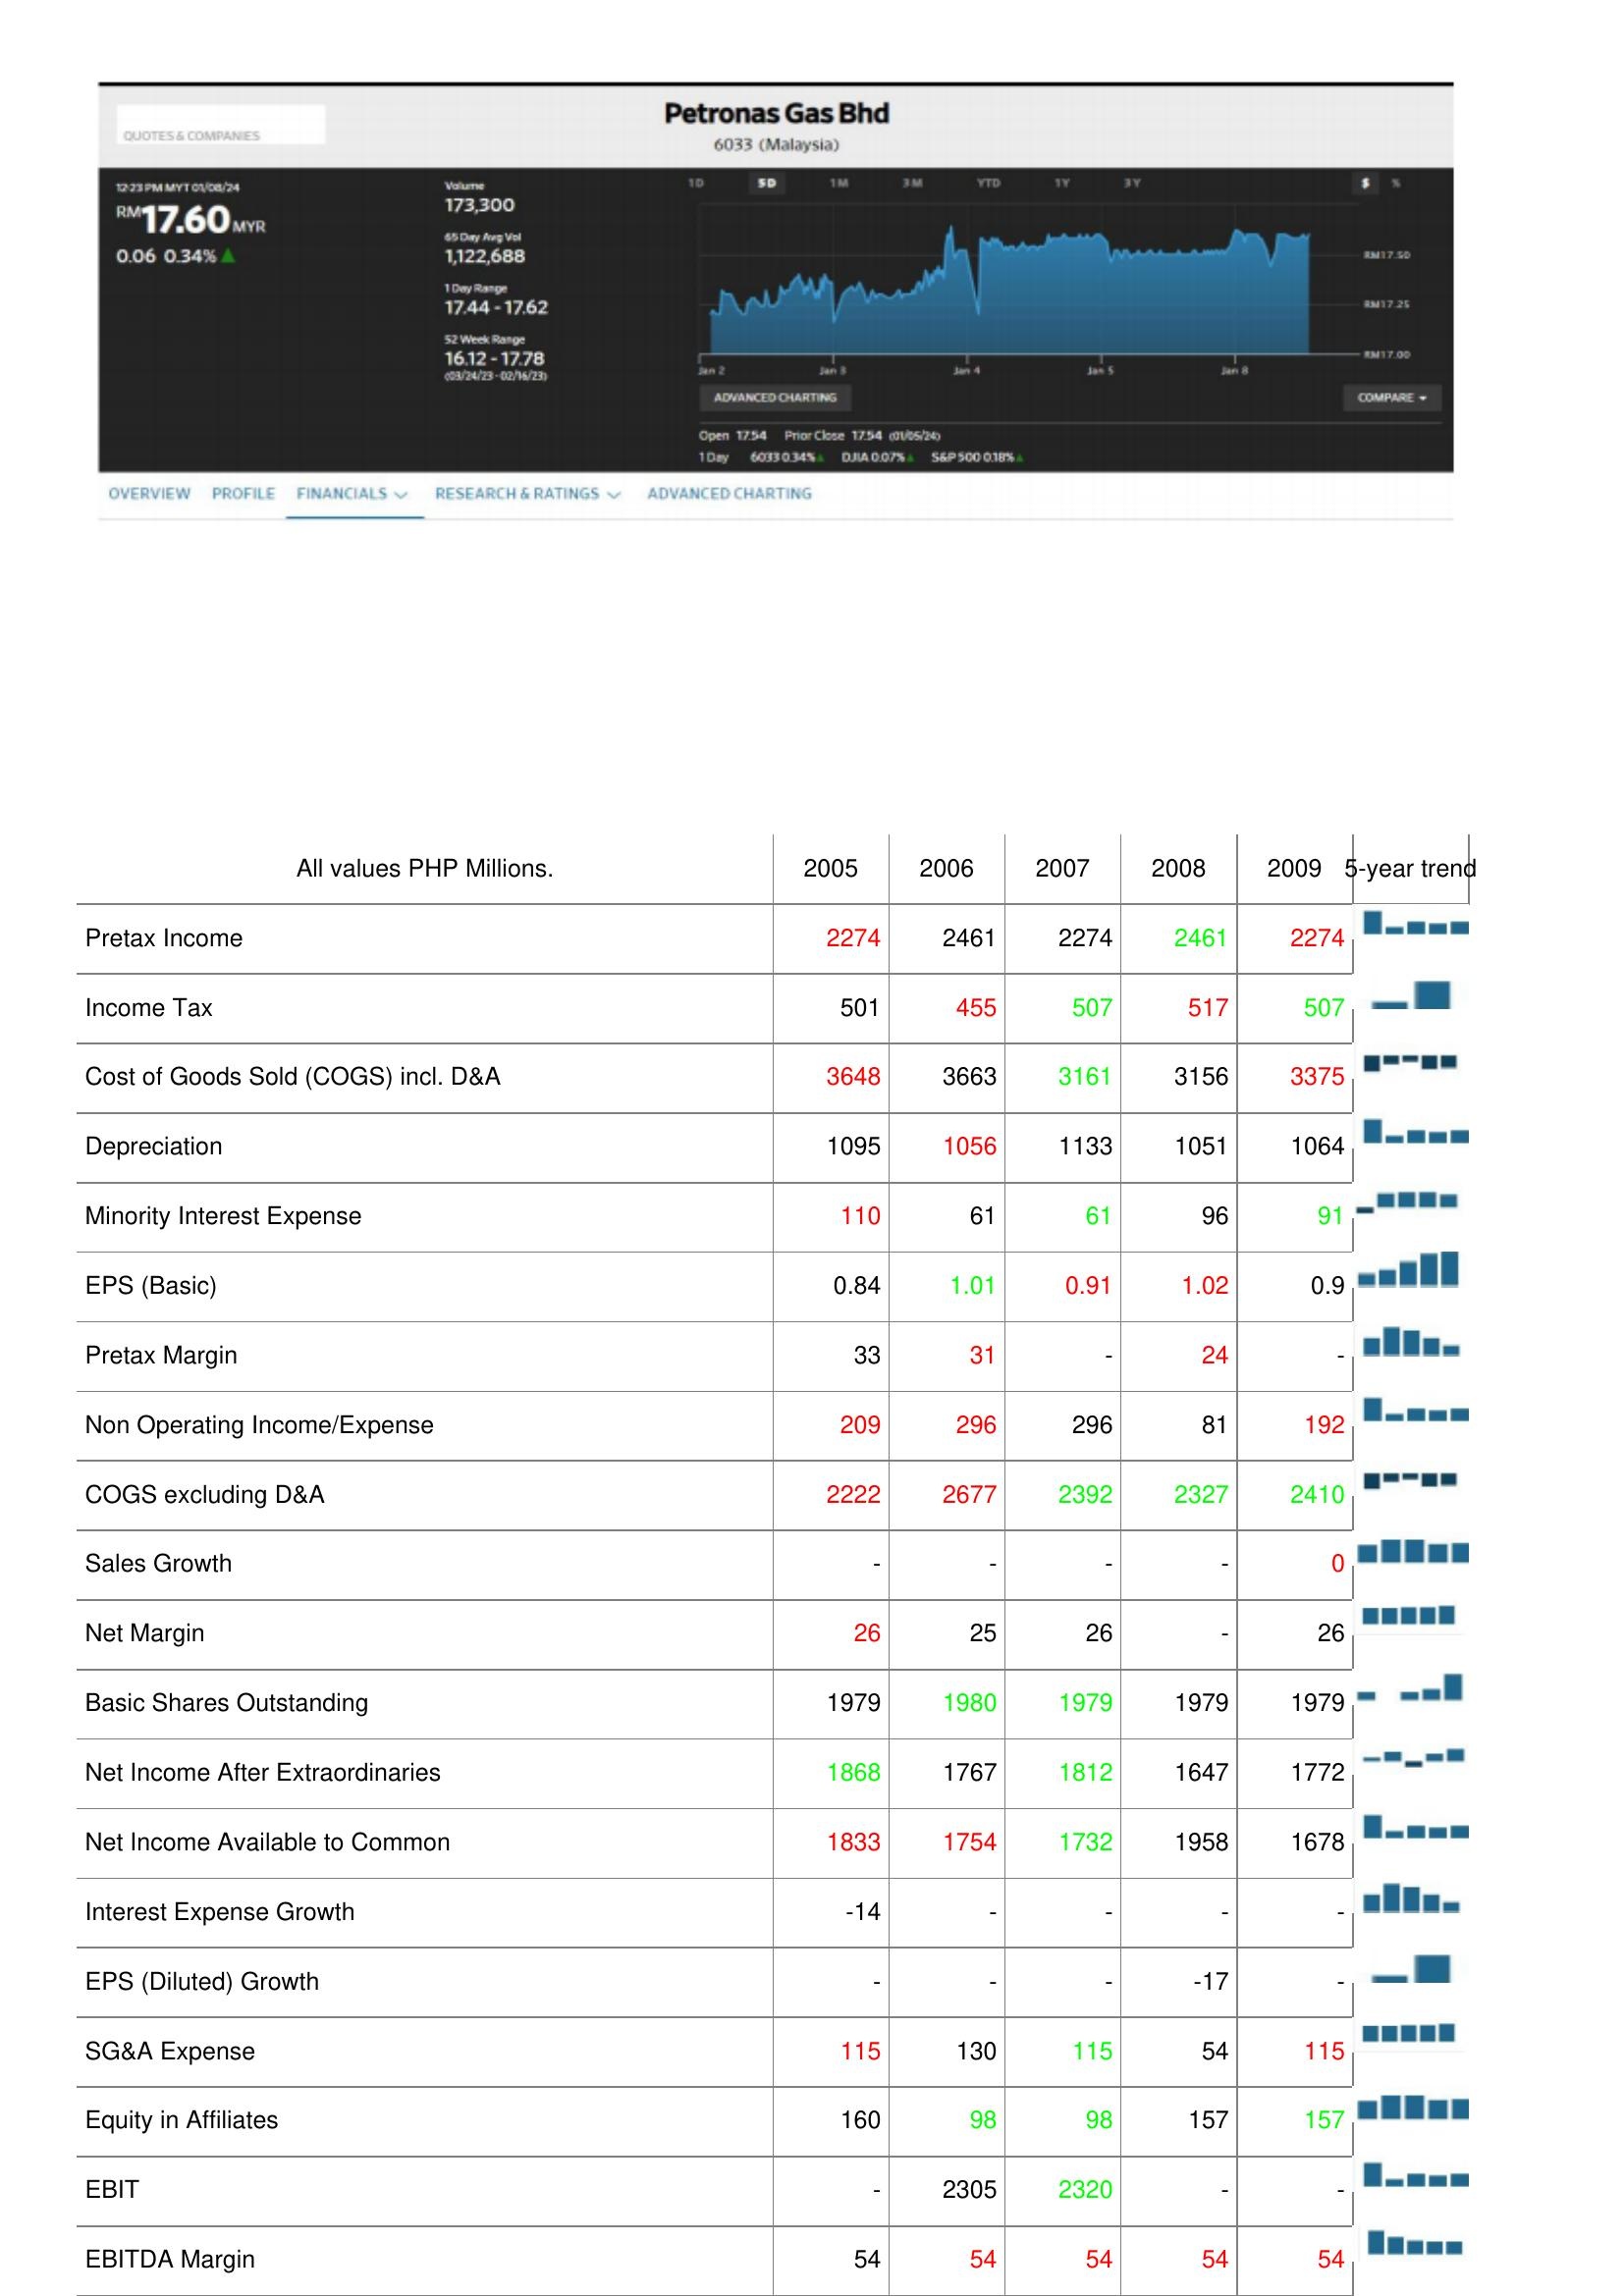
2005: : Pretax Income: 2274
Income Tax: 501
Cost of Goods Sold (COGS) incl. D&A: 3648
Depreciation: 1095
Minority Interest Expense: 110
EPS (Basic): 0.84
Pretax Margin: 33
Non Operating Income/Expense: 209
COGS excluding D&A: 2222
Sales Growth: -
Net Margin: 26
Basic Shares Outstanding: 1979
Net Income After Extraordinaries: 1868
Net Income Available to Common: 1833
Interest Expense Growth: -14
EPS (Diluted) Growth: -
SG&A Expense: 115
Equity in Affiliates: 160
EBIT: -
EBITDA Margin: 54
2006: : Pretax Income: 2461
Income Tax: 455
Cost of Goods Sold (COGS) incl. D&A: 3663
Depreciation: 1056
Minority Interest Expense: 61
EPS (Basic): 1.01
Pretax Margin: 31
Non Operating Income/Expense: 296
COGS excluding D&A: 2677
Sales Growth: -
Net Margin: 25
Basic Shares Outstanding: 1980
Net Income After Extraordinaries: 1767
Net Income Available to Common: 1754
Interest Expense Growth: -
EPS (Diluted) Growth: -
SG&A Expense: 130
Equity in Affiliates: 98
EBIT: 2305
EBITDA Margin: 54
2007: : Pretax Income: 2274
Income Tax: 507
Cost of Goods Sold (COGS) incl. D&A: 3161
Depreciation: 1133
Minority Interest Expense: 61
EPS (Basic): 0.91
Pretax Margin: -
Non Operating Income/Expense: 296
COGS excluding D&A: 2392
Sales Growth: -
Net Margin: 26
Basic Shares Outstanding: 1979
Net Income After Extraordinaries: 1812
Net Income Available to Common: 1732
Interest Expense Growth: -
EPS (Diluted) Growth: -
SG&A Expense: 115
Equity in Affiliates: 98
EBIT: 2320
EBITDA Margin: 54
2008: : Pretax Income: 2461
Income Tax: 517
Cost of Goods Sold (COGS) incl. D&A: 3156
Depreciation: 1051
Minority Interest Expense: 96
EPS (Basic): 1.02
Pretax Margin: 24
Non Operating Income/Expense: 81
COGS excluding D&A: 2327
Sales Growth: -
Net Margin: -
Basic Shares Outstanding: 1979
Net Income After Extraordinaries: 1647
Net Income Available to Common: 1958
Interest Expense Growth: -
EPS (Diluted) Growth: -17
SG&A Expense: 54
Equity in Affiliates: 157
EBIT: -
EBITDA Margin: 54
2009: : Pretax Income: 2274
Income Tax: 507
Cost of Goods Sold (COGS) incl. D&A: 3375
Depreciation: 1064
Minority Interest Expense: 91
EPS (Basic): 0.9
Pretax Margin: -
Non Operating Income/Expense: 192
COGS excluding D&A: 2410
Sales Growth: 0
Net Margin: 26
Basic Shares Outstanding: 1979
Net Income After Extraordinaries: 1772
Net Income Available to Common: 1678
Interest Expense Growth: -
EPS (Diluted) Growth: -
SG&A Expense: 115
Equity in Affiliates: 157
EBIT: -
EBITDA Margin: 54